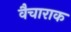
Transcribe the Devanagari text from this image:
वैचाराक